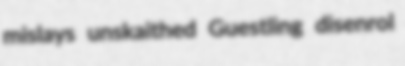
mislays unskaithed Guestling disenrol